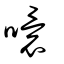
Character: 噮